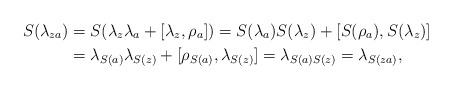
\begin{align*} S(\lambda_{za}) &= S(\lambda_z \lambda_a + [\lambda_z,\rho_a]) = S(\lambda_a)S(\lambda_z) + [S(\rho_a),S(\lambda_z)]\cr &= \lambda_{S(a)}\lambda_{S(z)} + [\rho_{S(a)},\lambda_{S(z)}] = \lambda_{S(a)S(z)} = \lambda_{S(za)},\end{align*}